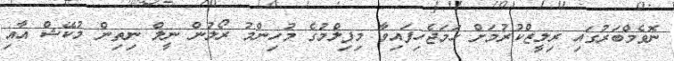
ނޮވެމްބަރުގައި ރިލީޒްކުރުމަށް ހަމަޖެހިފައިވާ މިފިލްމުގެ މުހިންމު ރޯލުން ނީލް ނިތިން މުކޭޝް އާއި